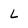
Character: L